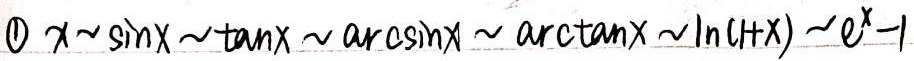
\(x\sim\sin x\sim\tan x\sim\arcsin x\sim\arctan x\sim\ln(1 + x)\sim e^{x}-1\)